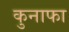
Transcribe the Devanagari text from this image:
कुनाफा